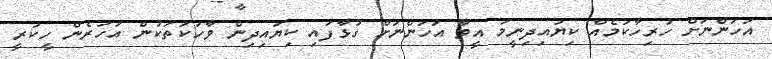
އަހަންނަށް ހުރިހާކަމެއް ކިޔައިދިނީމަ އީވާ އަހަންނަށް ގުޅާފައި ކިޔައިދިން ވާހަކަތަކުން އަހަރެން ހީކުރީ